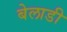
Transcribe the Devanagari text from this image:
बेलाडी